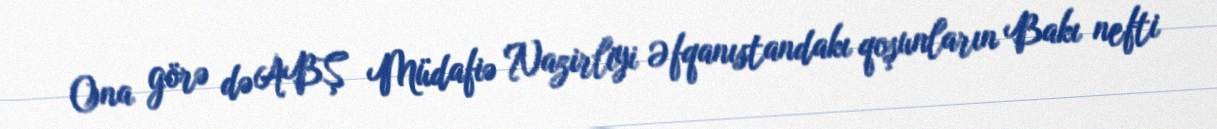
Ona görə də ABŞ Müdafiə Nazirliyi Əfqanıstandakı qoşunların Bakı nefti